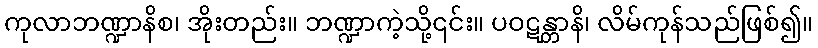
ကုလာဘဏ္ဍာနိစ၊ အိုးတည်း။ ဘဏ္ဍာကဲ့သို့၎င်း။ ပဝဋန္တာနိ၊ လိမ်ကုန်သည်ဖြစ်၍။